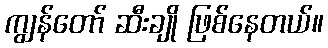
ကျွန်တော် ဆီးချို ဖြစ်နေတယ်။